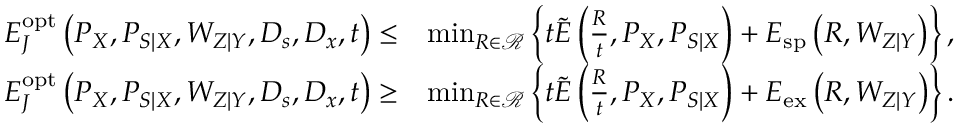
\begin{array} { r l } { E _ { J } ^ { \mathrm { o p t } } \left( P _ { X } , P _ { S | X } , W _ { Z | Y } , D _ { s } , D _ { x } , t \right) \leq } & { \operatorname* { m i n } _ { R \in \mathcal { R } } \left\{ t \widetilde { E } \left( \frac { R } { t } , P _ { X } , P _ { S | X } \right) + E _ { \mathrm { s p } } \left( R , W _ { Z | Y } \right) \right\} , } \\ { E _ { J } ^ { \mathrm { o p t } } \left( P _ { X } , P _ { S | X } , W _ { Z | Y } , D _ { s } , D _ { x } , t \right) \geq } & { \operatorname* { m i n } _ { R \in \mathcal { R } } \left\{ t \widetilde { E } \left( \frac { R } { t } , P _ { X } , P _ { S | X } \right) + E _ { \mathrm { e x } } \left( R , W _ { Z | Y } \right) \right\} . } \end{array}